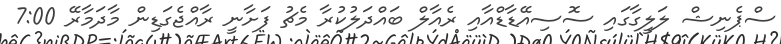
ސްޕެނިޝް ލަލީގާގައި ސޮސިއޭޑާޑްއާއި ރެއާލް ބައްދަލުކުރާ މެޗު ފަށާނީ ރާއްޖެގަޑިން މާދަމާރޭ 7:00